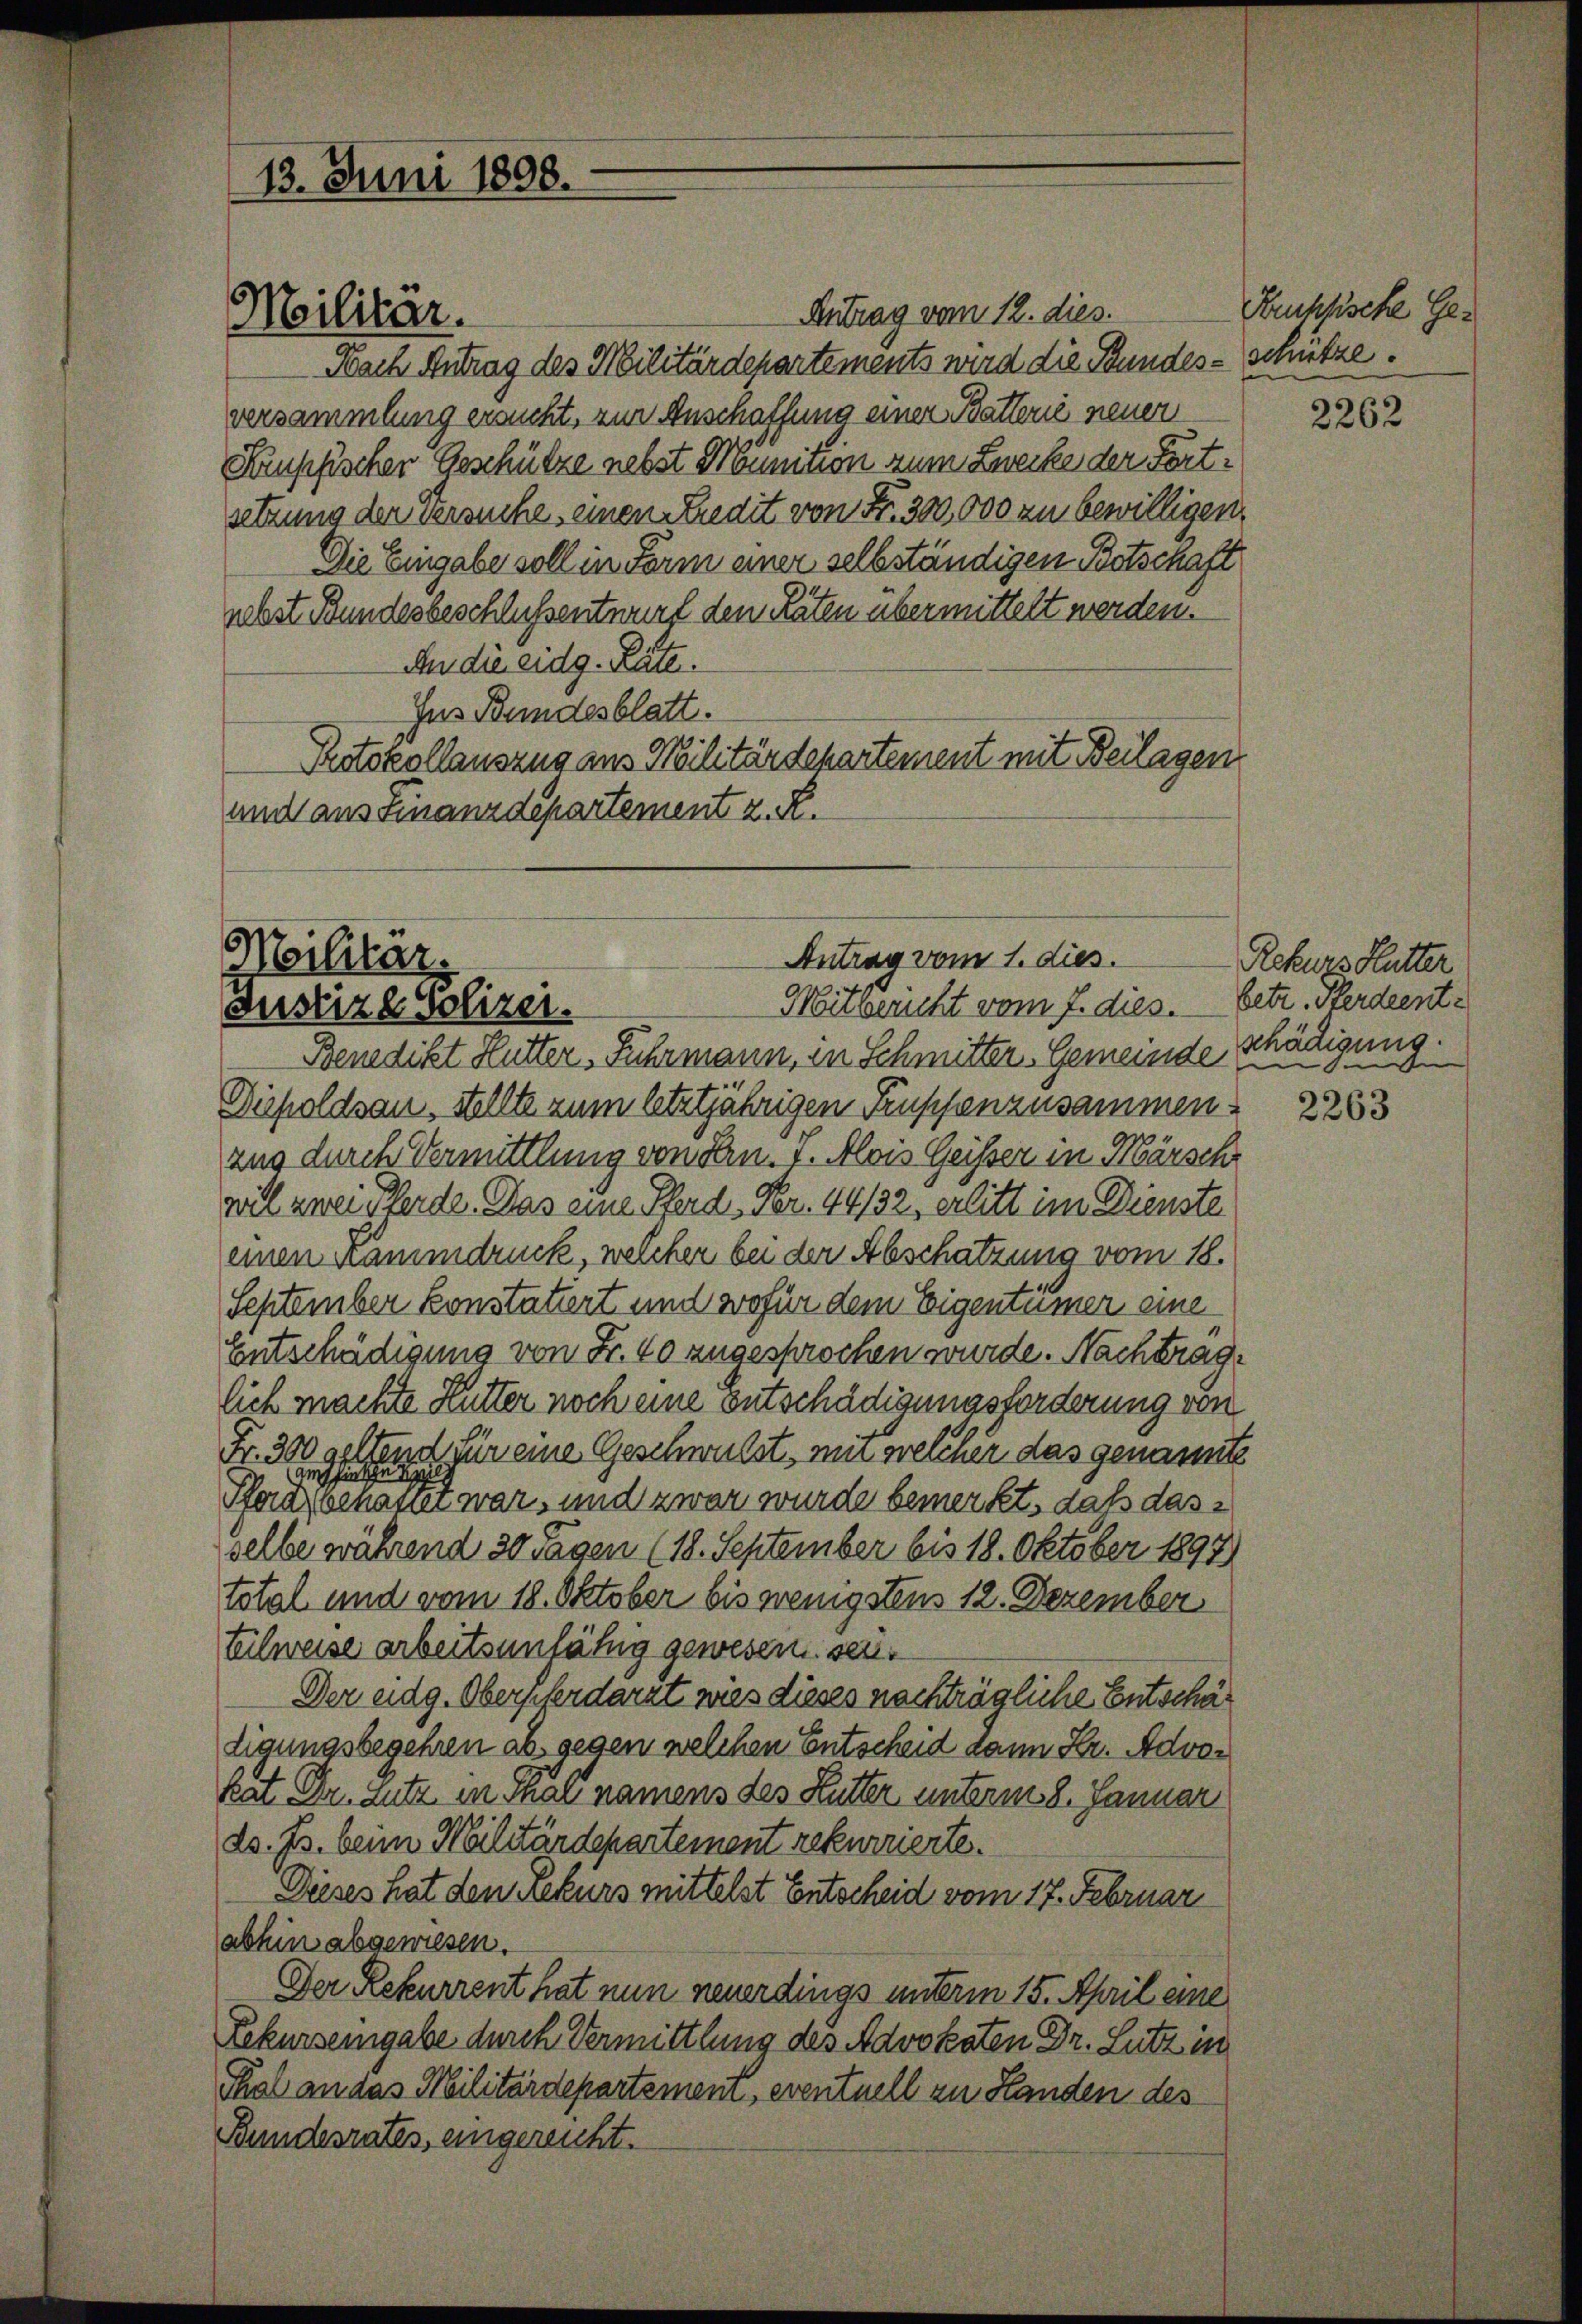
Antrag vom 12. dies.
Nach Antrag des Militärdepartements wird die Bundesversammlung ersucht, zur Anschaffung einer Batterie neuen
Krussischer Geschütze nebst Munition zum Zwecke der Fortsetzung der Versuche, einen Kredit von Fr. 300,000 zu bewilligen
Die Eingabe soll in Form einer selbständigen Botschaft
nebst Bundesbeschlussentwurf den Räten übermittelt werden.
An die eidg. Räte.
Ins Bundesblatt.
Protokollauszug aus Militärdepartement mit Beilagen
und aus Finanzdepartement z. R.

13. Juni 1808.

Militar.

Militär.
Antrag vom 1. dies.
Mitbericht vom 7. dies. betr. verdient¬
Justizl Polizei.

Benedikt Hutter, Fuhrmann, in Schmitter, Gemeinde
Dippoldsau, Stellte zum letztjährigen Truppenzusammen.
ang durch Vermittlung von Hrn. J. Alois Geisser in Märschr
will zwei Pferde. Das eine Pferd Fr. 44132, erlitt im Dienste
einen Kämmdruck, welcher bei der Abschätzung vom 18.
September konstatiert und wofür dem Eigentümer eine
Entschädigung von Fr. 40 zugesprochen wurde. Nachtrage
lich machte Hutter noch eine Entschädigungsforderung von
Fr. 300 geltend für eine Geschwulst, mit welcher das genannte
amsinken b
Pferd benasser war, und zwar wurde bemerkt, daß dasselbe während 30 Tagen (18. September bis 18. Oktober 1897)
total und vom 18. Oktober bis wenigstens 12. Dezember
telweise arbeitsunfähig gewesen sei.
Der eidg. Oberpferdarzt wies dieses nachträgliche Entschädigungsbegehren ab gegen welchen Entscheid dann Hr. Advokat Dr. Lutz in Thal namens des Kutter unterm 8. Januar
ds. Js. beim Militärdepartement rekurrierte.
Dieses hat den Rekurs mittelst Entscheid vom 17. Februar
abhin abgewiesen.
Der Rekurrent hat nun neuerdings unterm 15. April eine
Rekurseingabe durch Vermittlung des Advokaten Dr. Lutz in
Thal an das Militärdepartemen, eventuell zu Handen des
Bundesrates, eingereicht.

Krussische Geschütze.

2262

Rekurs Hutter
schädigung.
.

2263